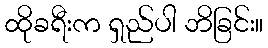
ထိုခရီးက ရှည်ပါ ဘိခြင်း။